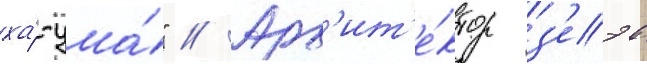
ха́-ума́" // Арх'ит'е́ктор з'еэв